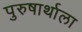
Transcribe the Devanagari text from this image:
पुरुषार्थाला